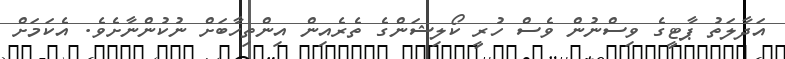
އަދާލަތު ޕާޓީގެ ވިސްނުން ވެސް ހުރީ ކޯލިޝަންގެ ތެރެއިން އިންތިހާބަށް ނުކުންނާށެވެ. އެކަމަށް